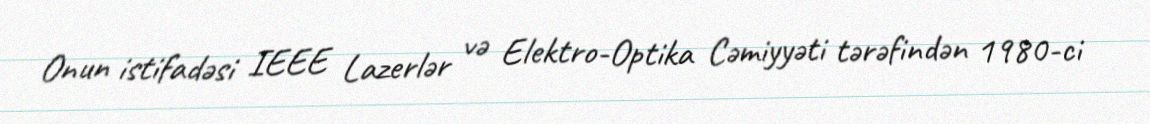
Onun istifadəsi IEEE Lazerlər və Elektro-Optika Cəmiyyəti tərəfindən 1980-ci